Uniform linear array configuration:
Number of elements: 64
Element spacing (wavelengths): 0.5
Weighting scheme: uniform
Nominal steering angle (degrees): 30
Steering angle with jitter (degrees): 31.238
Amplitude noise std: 0.05
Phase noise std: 0.05

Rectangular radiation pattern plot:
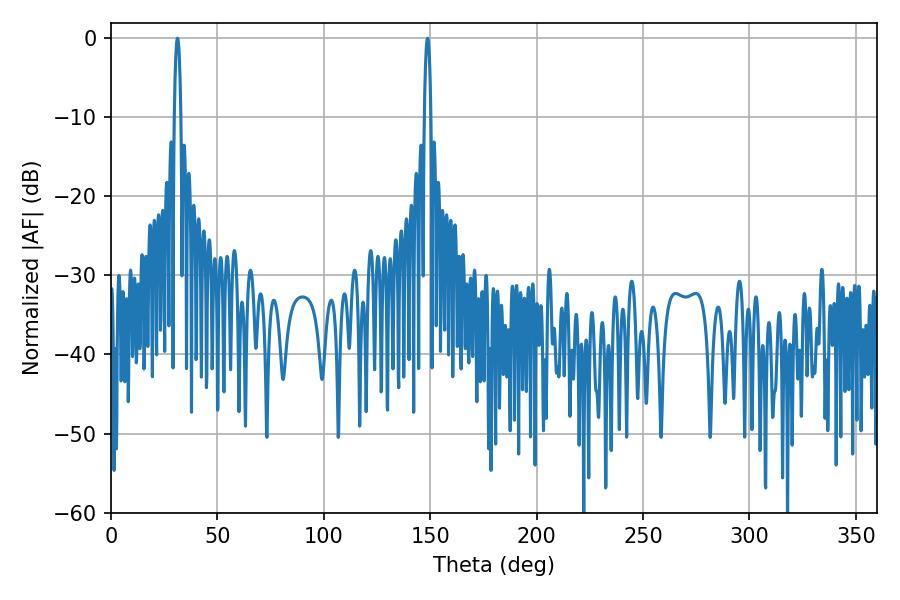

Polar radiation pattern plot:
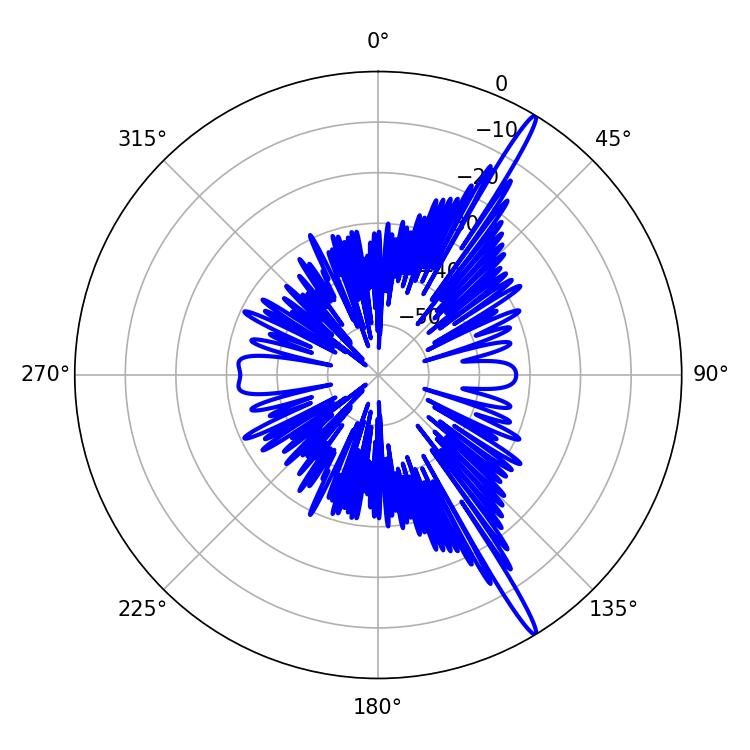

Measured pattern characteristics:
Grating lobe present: FALSE
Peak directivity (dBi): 17.227
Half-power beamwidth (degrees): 1.62
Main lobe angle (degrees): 148.68